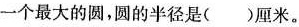
一个最大的圆，圆的半径是()厘米。